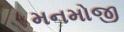
મનમોજી